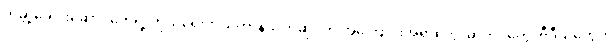
ကမ္ဘာ့ခေါင်းဆောင်တွေရဲ့ ကိုယ်ရေးကိုယ်တာနဲ့သက်ဆိုင်တဲ့ အကြောင်းအရာတွေ၊ ဓာတ်ပုံတွေ၊ ဗီဒီယိုတွေက